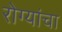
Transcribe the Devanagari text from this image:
रोग्यांचा